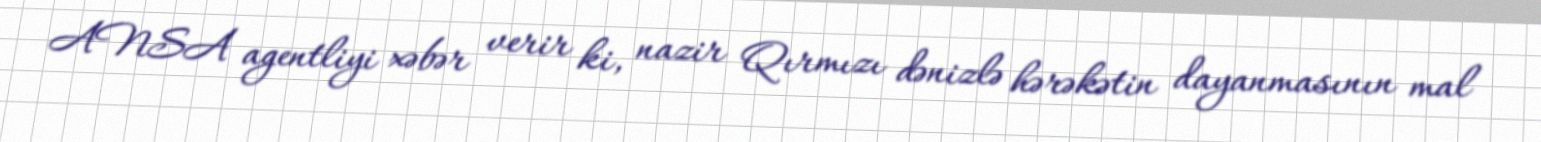
ANSA agentliyi xəbər verir ki, nazir Qırmızı dənizlə hərəkətin dayanmasının mal